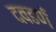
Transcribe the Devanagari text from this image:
दवडणें